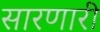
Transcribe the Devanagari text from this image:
सारणारी